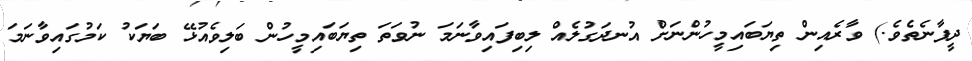
ދީފާނެތެވެ.) ވާރެއިން ތިޔަބައިމީހުންނަށް އުނދަގުލެއް ލިބިފައިވާނަމަ ނުވަތަ ތިޔަބައިމީހުން ބަލިވެއުޅޭ ބަޔަކު ކަމުގައިވާނަމަ